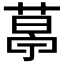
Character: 𦷣